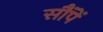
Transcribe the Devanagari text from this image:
सौंपें